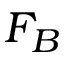
F _ { B }